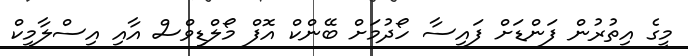
މީގެ އިތުރުން ފަންޑަށް ފައިސާ ހޯދުމަށް ބޭންކް އޮފް މޯލްޑިވްސް އާއި އިސްލާމިކް